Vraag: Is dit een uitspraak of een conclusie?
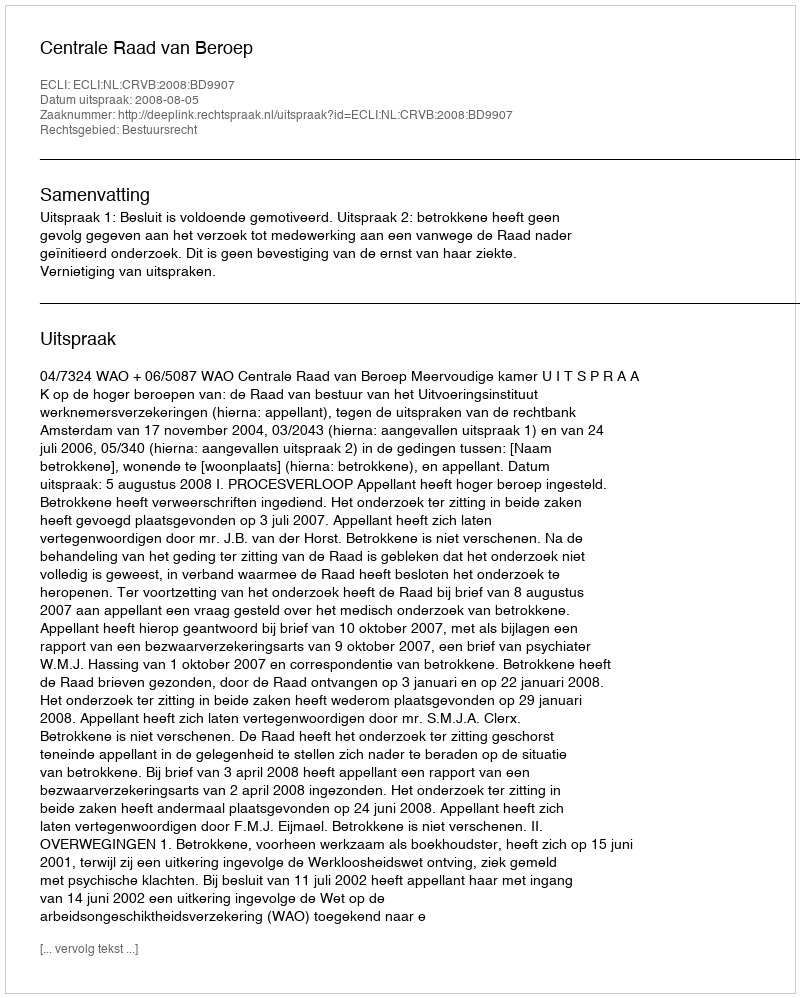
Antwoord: Uitspraak